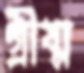
গ্রীষ্ম